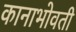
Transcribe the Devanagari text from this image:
कानाभोवती